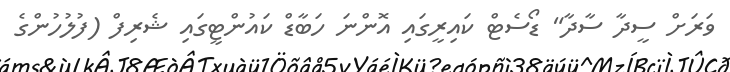
ވަރަށް ސީދާ ސާދާ" ޑޯސެޓް ކައިރީގައި އޮންނަ ހަބާޑް ކައުންޓީގައި ޝެރިފް (ފުލުހުންގެ